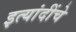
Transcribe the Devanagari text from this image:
इत्यांदींचे